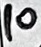
Text: 10